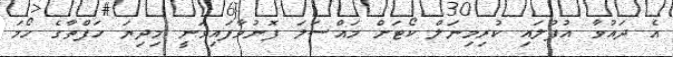
އެ ދައުވާ އުފުލައި ކުރިމިނަލް ކޯޓަށް މައްސަލަ ފޮނުވާފައިވަނީ މިދިޔަ ހަފްތާގެ ހޯމަ